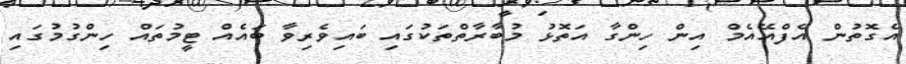
އެގޮތުން އެފްއޭއެމް އިން ހިންގާ އަތޮޅު މުބާރާތްތަކުގައި ބައިވެރިވާ ބައެއް ޓީމުތައް ހިންގުމުގައި